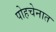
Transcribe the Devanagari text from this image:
पोहचेनात